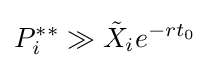
P_{i}^{**}\gg {\tilde {X}}_{i}e^{-rt_{0}}